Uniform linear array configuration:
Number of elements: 64
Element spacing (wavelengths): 1
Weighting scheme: hamming
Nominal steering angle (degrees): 15
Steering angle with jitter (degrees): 13.805
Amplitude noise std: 0.05
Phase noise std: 0.05

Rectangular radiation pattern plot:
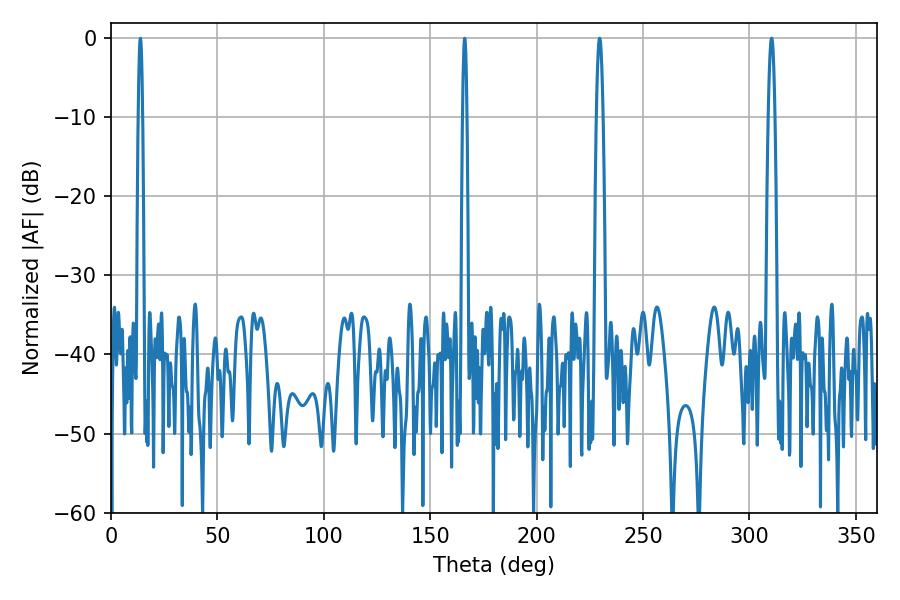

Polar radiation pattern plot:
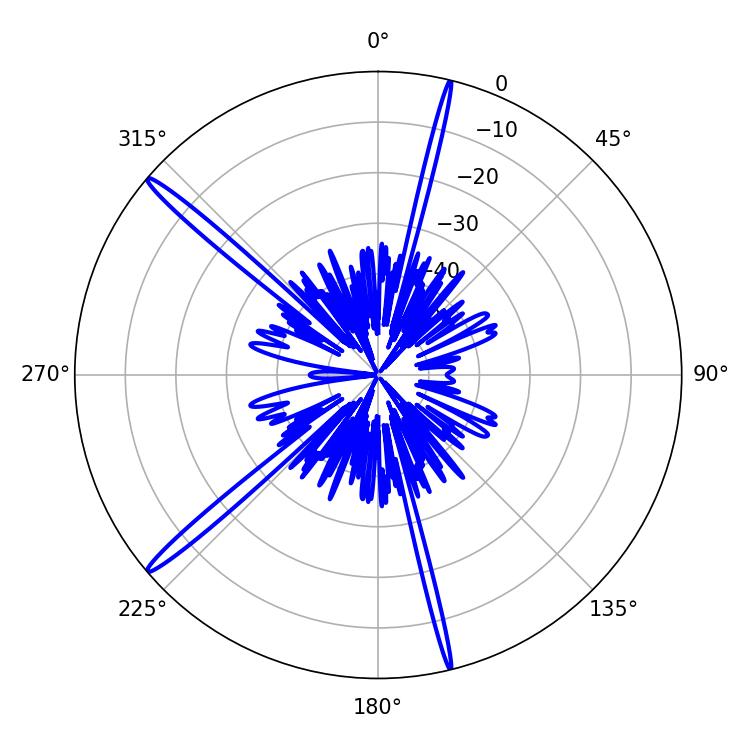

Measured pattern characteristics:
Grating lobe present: TRUE
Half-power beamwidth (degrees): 1.08
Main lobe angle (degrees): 166.14